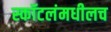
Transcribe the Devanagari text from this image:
स्कॉटलंमधीलच